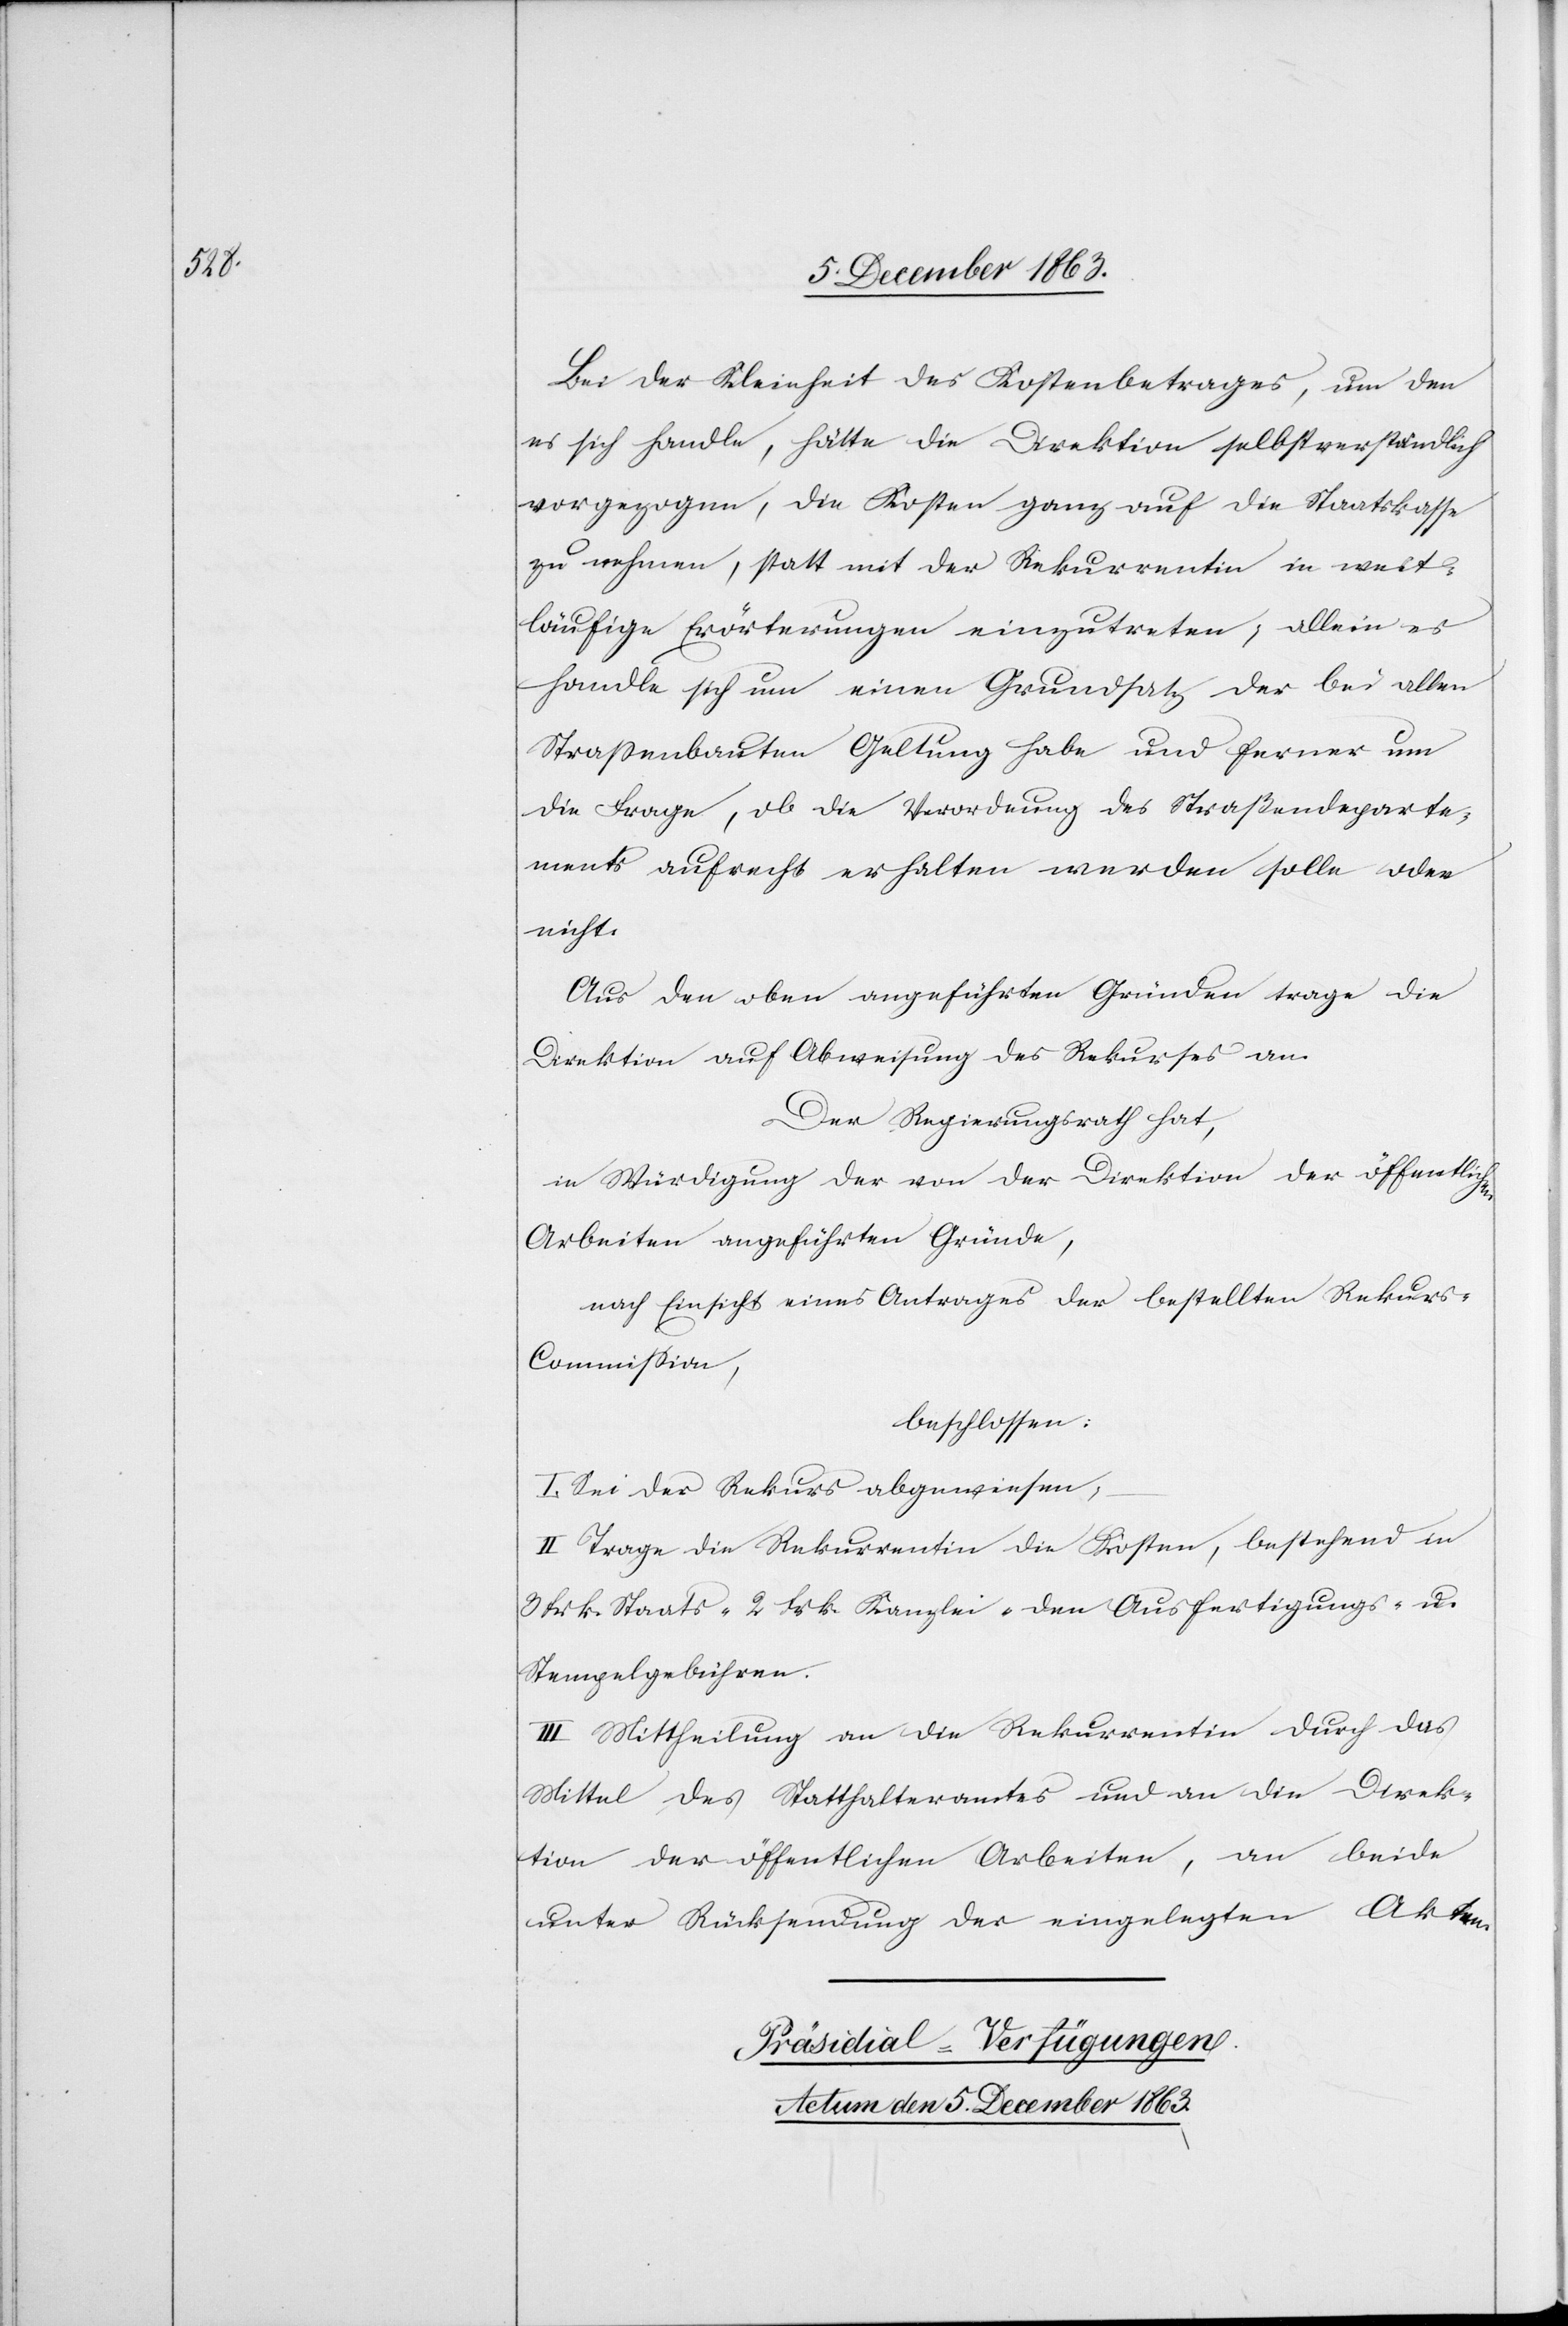
Bei der Kleinheit des Kostenbetrages, um den
es sich handle, hätte die Direktion selbstverständlich
vorgezogen, die Kosten ganz auf die Staatskasse
zu nehmen, statt mit der Rekurrentin in weit¬
läufige Erörterungen einzutreten; allein es
handle sich um einen Grundsatz der bei allen
Strassenbauten Geltung habe und ferner um
die Frage, ob die Verordnung des Straßendeparte¬
ments aufrecht erhalten werden solle oder
nicht.
Aus den oben angeführten Gründen trage die
Direktion auf Abweisung des Rekurses an.
Der Regierungsrath hat,
in Würdigung der von der Direktion der öffentlichen
Arbeiten angeführten Gründe,
nach Einsicht eines Antrages der bestellten Rekur¬
s-Commission,
beschlossen:
I. Sei der Rekurs abzuweisen,
II. Trage die Rekurrentin die Kosten, bestehend in
3 frk. Staats-[,] 2 frk. Kanzlei-[,] den Ausfertigungs- u.
Stempelgebühren.
III. Mittheilung an die Rekurrentin durch das
Mittel des Statthalteramtes und an die Direk¬
tion der öffentlichen Arbeiten, an beide
unter Rücksendung der eingelegten Akten.
Präsidial-Verfügungen.
Actum den 5. December 1863.